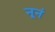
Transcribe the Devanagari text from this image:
नूनं